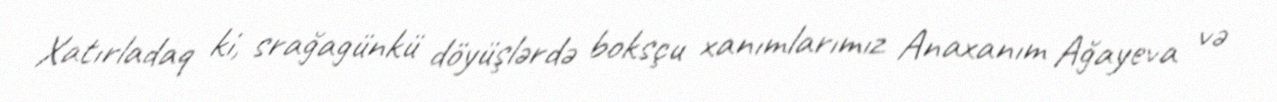
Xatırladaq ki, srağagünkü döyüşlərdə boksçu xanımlarımız Anaxanım Ağayeva və